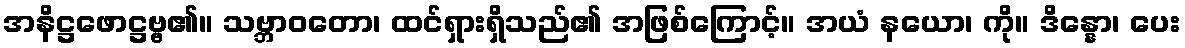
အနိဋ္ဌဖောဋ္ဌဗ္ဗ၏။ သဗ္ဘာဝတော၊ ထင်ရှားရှိသည်၏ အဖြစ်ကြောင့်။ အယံ နယော၊ ကို။ ဒိန္နော၊ ပေး